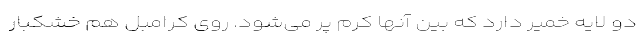
دو لایه خمیر دارد که بین آنها کرم پر می‌شود. روی کرامبل هم خشکبار